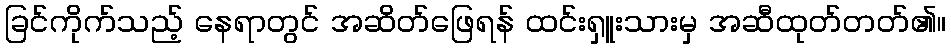
ခြင်ကိုက်သည့် နေရာတွင် အဆိတ်ဖြေရန် ထင်းရှူးသားမှ အဆီထုတ်တတ်၏။